Civil Veterinary Dept. North-West Frontier Province 1901-22 - 1901-1922
Year: 1901
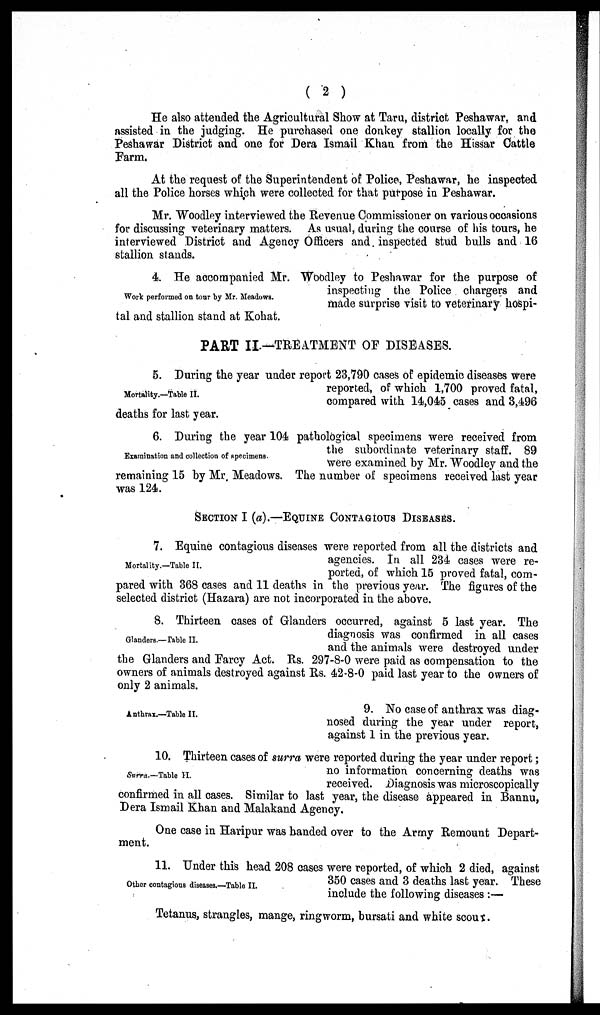
( 2 )
He also attended the Agricultural Show at Taru, district Peshawar, and
assisted in the judging. He purchased one donkey stallion locally for the
Peshawar District and one for Dera Ismail Khan from the Hissar Cattle
Farm.
At the request of the Superintendent of Police, Peshawar, he inspected
all the Police horses which were collected for that purpose in Peshawar.
Mr. Woodley interviewed the Revenue Commissioner on various occasions
for discussing veterinary matters. As usual, during the course of his tours, he
interviewed District and Agency Officers and inspected stud bulls and 16
stallion stands.
Work performed on tour by Mr. Meadows.
4. He accompanied Mr. Woodley to Peshawar for the purpose of
inspecting the Police chargers and
made surprise visit to veterinary hospi-
tal and stallion stand at Kohat.
PART II.—TREATMENT OF DISEASES.
Mortality.—Table II.
5. During the year under report 23,790 cases of epidemic diseases were
reported, of which 1,700 proved fatal,
compared with 14,045 cases and 3,496
deaths for last year.
Examination and collection of specimens.
6. During the year 104 pathological specimens were received from
the subordinate veterinary staff. 89
were examined by Mr. Woodley and the
remaining 15 by Mr, Meadows. The number of specimens received last year
was 124.
SECTION I (a).—EQUINE CONTAGIOUS DISEASES.
Mortality.—Table II.
7. Equine contagious diseases were reported from all the districts and
agencies. In all 234 cases were re-
ported, of which 15 proved fatal, com-
pared with 368 cases and 11 deaths in the previous year. The figures of the
selected district (Hazara) are not incorporated in the above.
Glanders.—Table II.
8. Thirteen cases of Glanders occurred, against 5 last year. The
diagnosis was confirmed in all cases
and the animals were destroyed under
the Glanders and Farcy Act. Rs. 297-8-0 were paid as compensation to the
owners of animals destroyed against Rs. 42-8-0 paid last year to the owners of
only 2 animals.
Anthrax.—Table II.
9. No case of anthrax was diag-
nosed during the year under report,
against 1 in the previous year.
Surra.—Table II.
10. Thirteen cases of surra were reported during the year under report;
no information concerning deaths was
received. Diagnosis was microscopically
confirmed in all cases. Similar to last year, the disease appeared in Bannu,
Dera Ismail Khan and Malakand Agency.
One case in Haripur was banded over to the Army Remount Depart-
ment.
Other contagious diseases.—Table II.
11. Under this head 208 cases were reported, of which 2 died, against
350 cases and 3 deaths last year. These
include the following diseases:—
Tetanus, strangles, mange, ringworm, bursati and white scour.